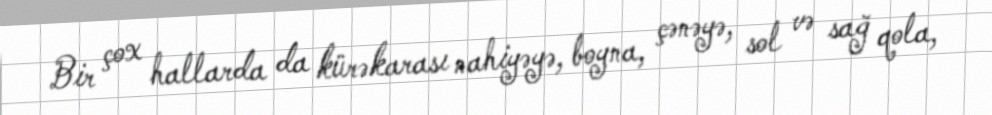
Bir çox hallarda da kürəkarası nahiyəyə, boyna, çənəyə, sol və sağ qola,